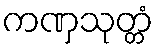
ကဏှသုတ္တံ